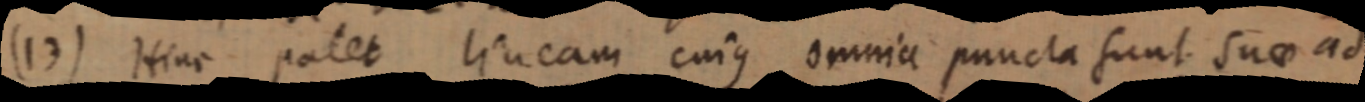
Hinc patet lineam cujus omnia puncta sunt suae ad